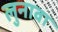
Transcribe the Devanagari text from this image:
लुनावा